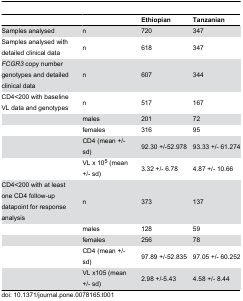
<table><thead><tr><td></td><td></td><td><b>Ethiopian</b></td><td><b>Tanzanian</b></td></tr></thead><tbody><tr><td>Samples analysed </td><td>n</td><td>720</td><td>347</td></tr><tr><td>Samples analysed with detailed clinical data</td><td>n</td><td>618</td><td>347</td></tr><tr><td><i>FCGR3</i> copy number genotypes and detailed clinical data</td><td>n</td><td>607</td><td>344</td></tr><tr><td>CD4&lt;200 with baseline VL data and genotypes</td><td>n</td><td>517 </td><td>167 </td></tr><tr><td></td><td>males</td><td>201</td><td>72</td></tr><tr><td></td><td>females</td><td>316</td><td>95</td></tr><tr><td></td><td>CD4 (mean +/- sd)</td><td>92.30 +/-52.978</td><td>93.33 +/- 61.274</td></tr><tr><td></td><td>VL x 10<sup>5</sup> (mean +/- sd)</td><td>3.32 +/- 6.78</td><td>4.87 +/- 10.66</td></tr><tr><td>CD4&lt;200 with at least one CD4 follow-up datapoint for response analysis</td><td>n</td><td>373</td><td>137</td></tr><tr><td></td><td>males</td><td>128</td><td>59</td></tr><tr><td></td><td>females</td><td>256</td><td>78</td></tr><tr><td></td><td>CD4 (mean +/- sd)</td><td>97.89 +/-52.835</td><td>97.05 +/- 60.252</td></tr><tr><td></td><td>VL x105 (mean +/- sd)</td><td>2.98 +/-5.43</td><td>4.58 +/- 8.44</td></tr></tbody></table>